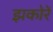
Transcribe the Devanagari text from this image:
झकोरें